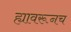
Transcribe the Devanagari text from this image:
ह्यावरूनच